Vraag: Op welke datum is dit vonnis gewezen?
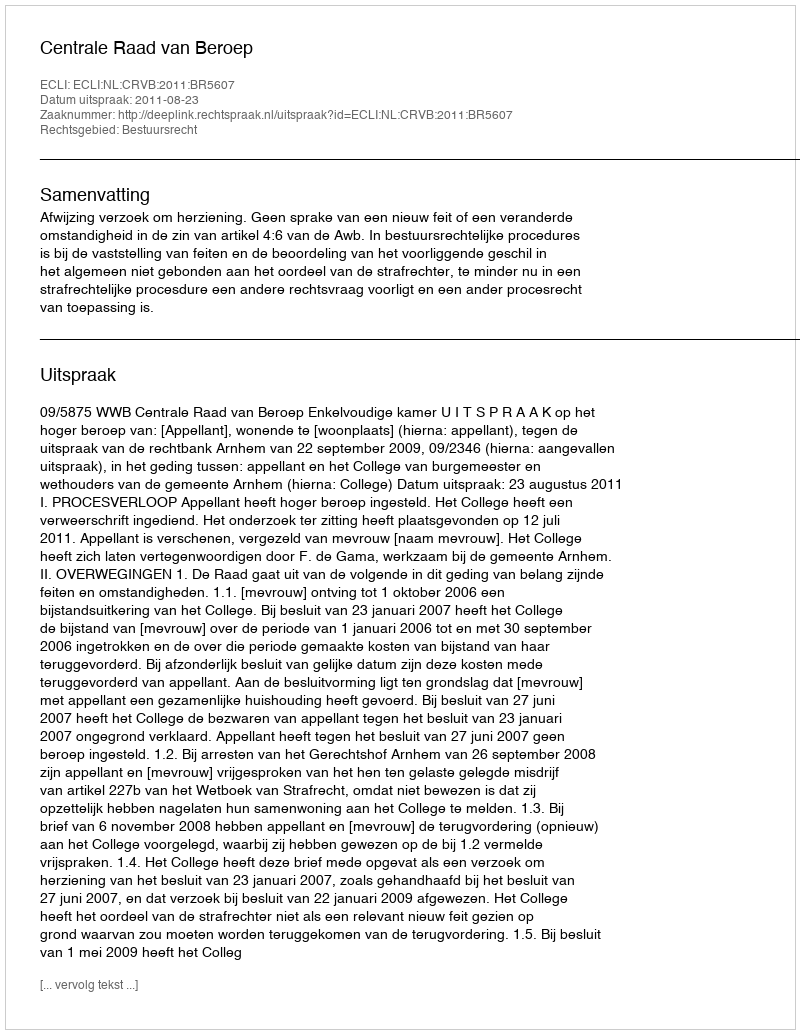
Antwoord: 2011-08-23